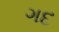
ગદ